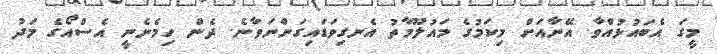
މީގަ އެބައުޅުއްވާ. އޭނާއަށް މިކަމުގެ މައުލޫމާތު އެނގިވަޑައިގަންނަވާނެ. ދެން ހިމެނެނީ އެސްއޯގެ މަދު